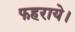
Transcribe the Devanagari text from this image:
फहराये।